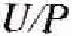
U/P